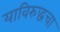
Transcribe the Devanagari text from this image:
याविरुद्धचा